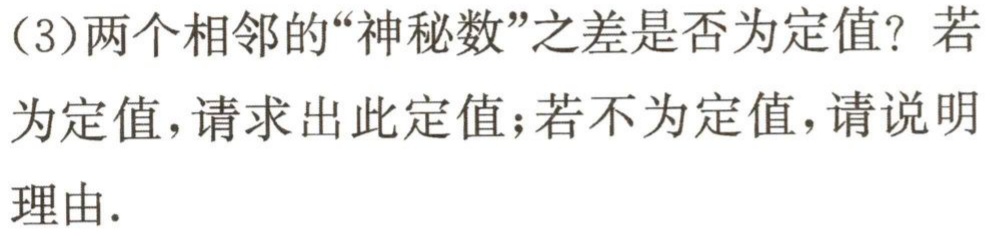
(3)两个相邻的“神秘数”之差是否为定值？若为定值，请求出此定值；若不为定值，请说明理由.